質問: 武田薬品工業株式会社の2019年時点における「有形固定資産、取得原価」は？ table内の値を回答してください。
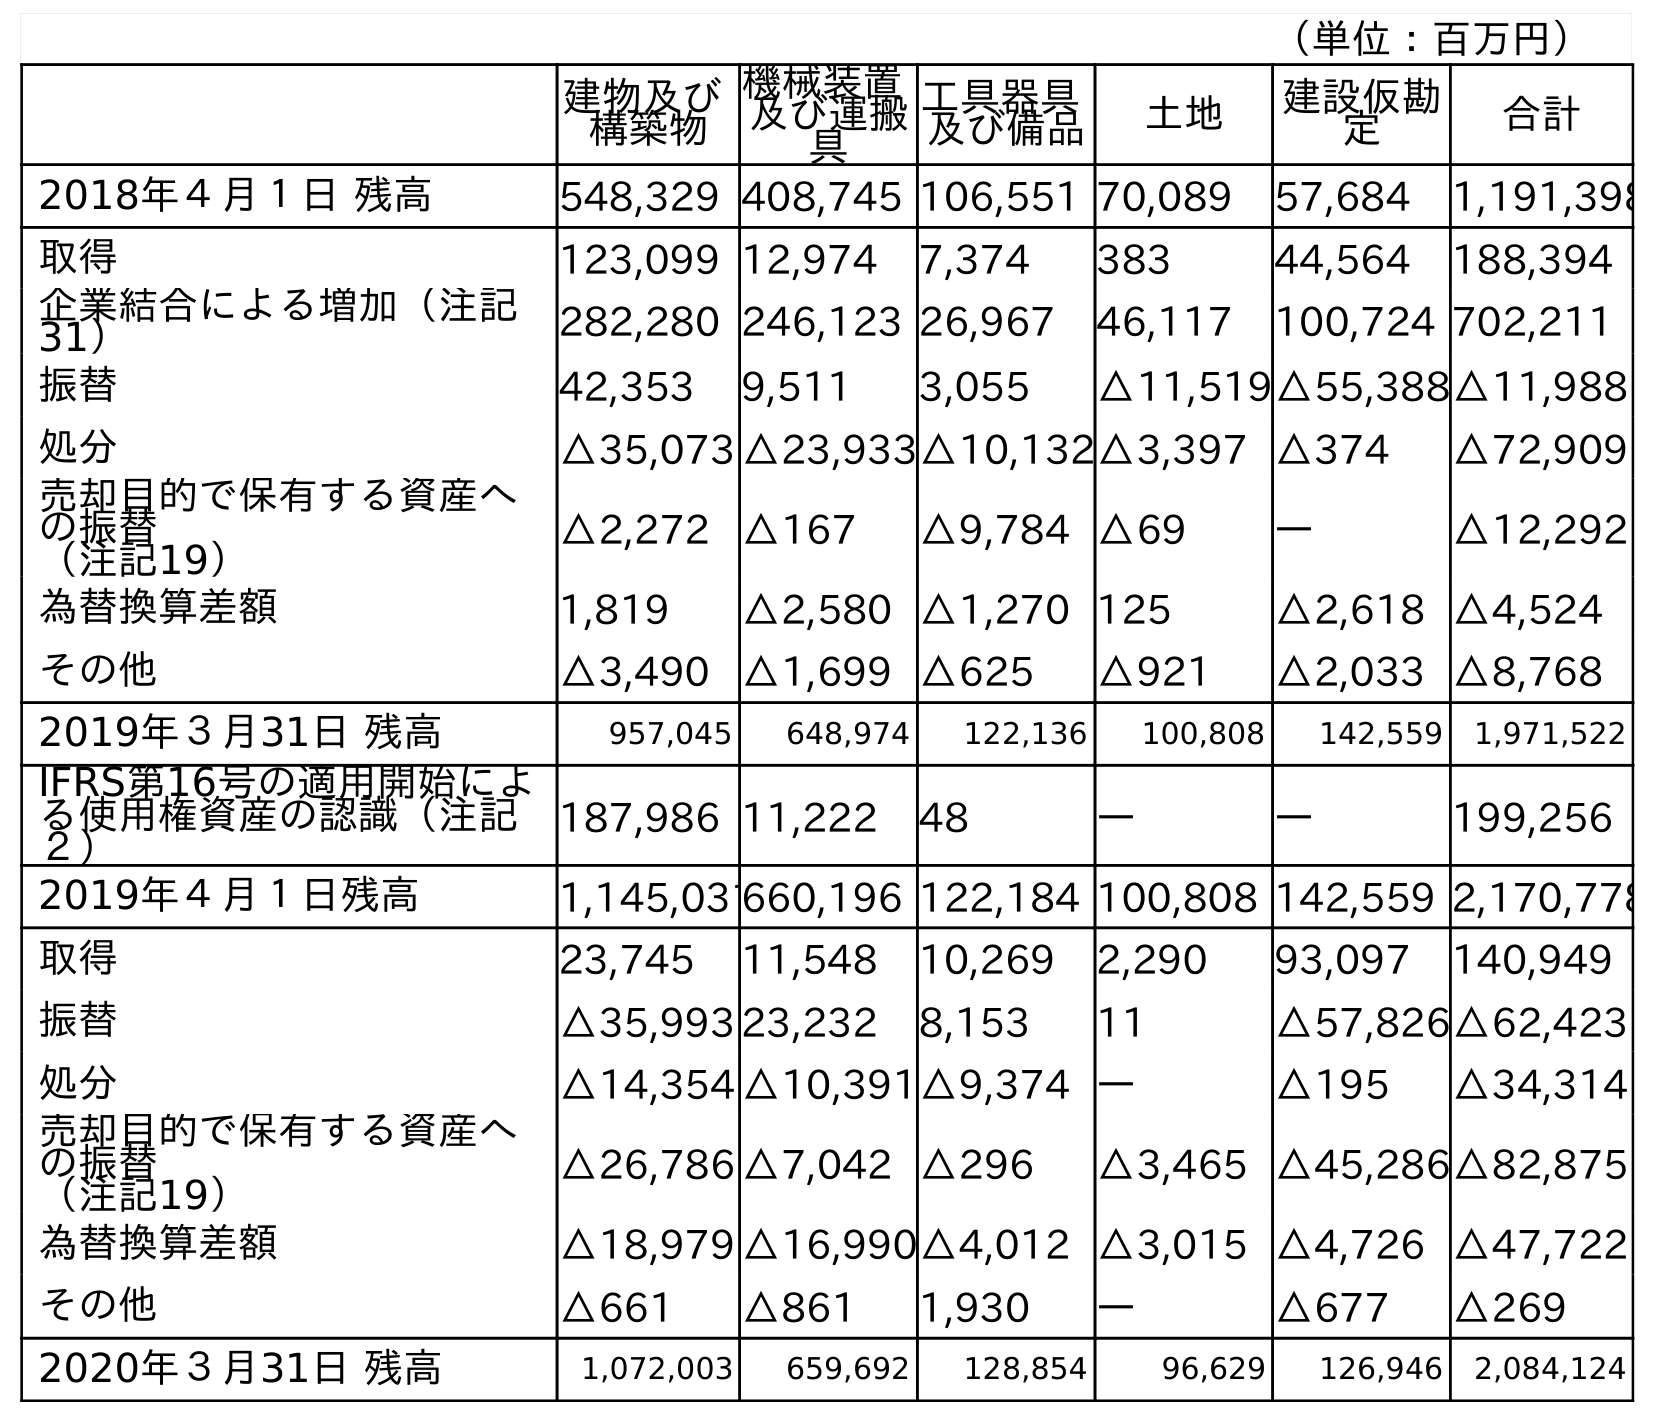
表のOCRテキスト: （単位：百万円） 建物及び 構築物 機械装置 及び運搬 具 工具器具 及び備品 土地 建設仮勘 定 合計 2018年４月１日 残高 548,329 408,745 106,551 70,089 57,684 1,191,398 取得 123,099 12,974 7,374 383 44,564 188,394 企業結合による増加（注記 31） 282,280 246,123 26,967 46,117 100,724 702,211 振替 42,353 9,511 3,055 △11,519△55,388△11,988 処分 △35,073 △23,933△10,132△3,397 △374 △72,909 売却目的で保有する資産へ の振替 （注記19） △2,272 △167 △9,784 △69 ― △12,292 為替換算差額 1,819 △2,580 △1,270 125 △2,618 △4,524 その他 △3,490 △1,699 △625 △921 △2,033 △8,768 2019年３月31日 残高 957,045 648,974 122,136 100,808 142,559 1,971,522 IFRS第16号の適用開始によ る使用権資産の認識（注記 ２） 187,986 11,222 48 ― ― 199,256 2019年４月１日残高 1,145,031660,196 122,184 100,808 142,559 2,170,778 取得 23,745 11,548 10,269 2,290 93,097 140,949 振替 △35,993 23,232 8,153 11 △57,826△62,423 処分 △14,354 △10,391△9,374 ― △195 △34,314 売却目的で保有する資産へ の振替 （注記19） △26,786 △7,042 △296 △3,465 △45,286△82,875 為替換算差額 △18,979 △16,990△4,012 △3,015 △4,726 △47,722 その他 △661 △861 1,930 ― △677 △269 2020年３月31日 残高 1,072,003 659,692 128,854 96,629 126,946 2,084,124
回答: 1,971,522